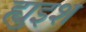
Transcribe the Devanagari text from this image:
ह्युइश